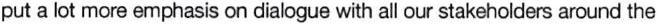
put a lot more emphasis on dialogue with all our stakeholders around the